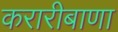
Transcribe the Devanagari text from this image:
करारीबाणा